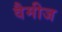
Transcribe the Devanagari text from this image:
वैमीज